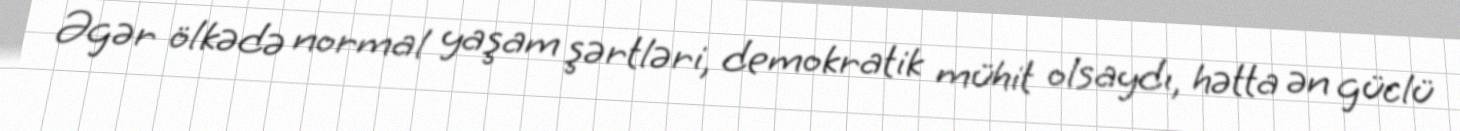
Əgər ölkədə normal yaşam şərtləri, demokratik mühit olsaydı, hətta ən güclü